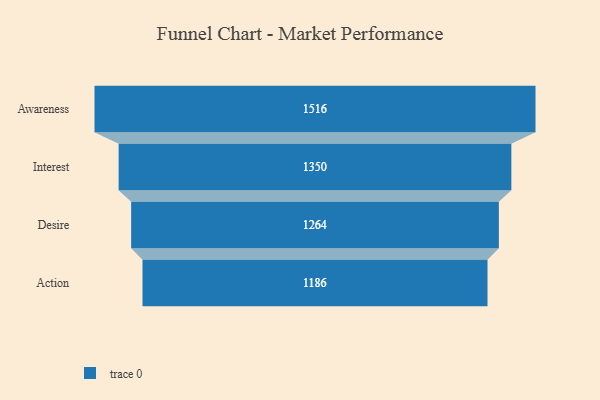
{"axis": {"x": "Stage", "y": "Value"}, "legend": [""], "data": [{"x": "Awareness", "y": 1516.0, "type": ""}, {"x": "Interest", "y": 1350.0, "type": ""}, {"x": "Desire", "y": 1264.0, "type": ""}, {"x": "Action", "y": 1186.0, "type": ""}]}